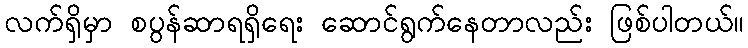
လက်ရှိမှာ စပွန်ဆာရရှိရေး ဆောင်ရွက်နေတာလည်း ဖြစ်ပါတယ်။